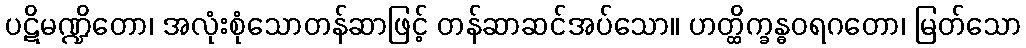
ပဋိမဏ္ဍိတော၊ အလုံးစုံသောတန်ဆာဖြင့် တန်ဆာဆင်အပ်သော။ ဟတ္ထိက္ခန္ဓဝရဂတော၊ မြတ်သော